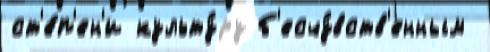
ст'е́п'ен'и культу́ру б'есчу́вств'енным